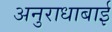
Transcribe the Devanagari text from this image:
अनुराधाबाई